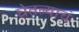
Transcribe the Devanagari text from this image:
घेतल्याचं